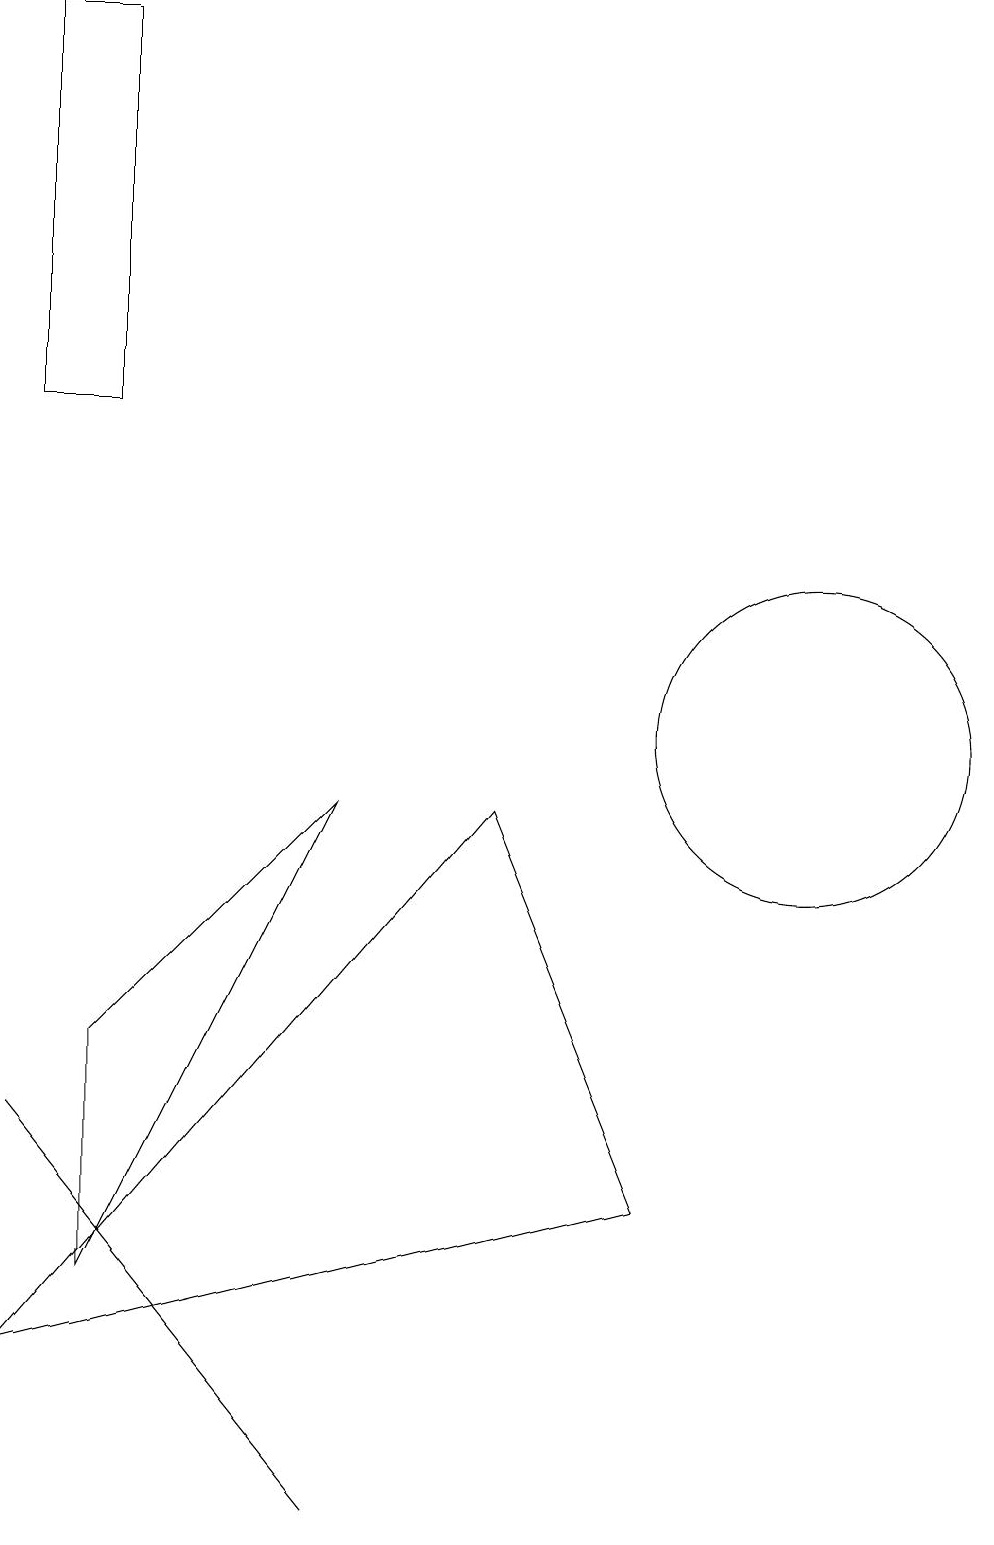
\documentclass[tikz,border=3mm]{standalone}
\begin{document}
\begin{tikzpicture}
\draw (2,6) -- (2,3) -- (5,9) -- cycle;
\draw (9,4) -- (1,2) -- (7,9) -- cycle;
\draw (1,5) -- (5,0) -- (1,5) -- cycle;
\draw (11,10) circle (2);
\draw (1,19) rectangle (2,14);
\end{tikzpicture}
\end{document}